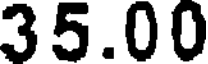
35.00